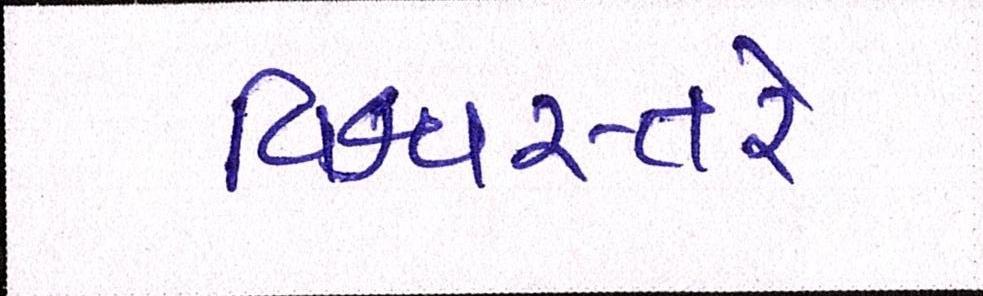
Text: વિશ્વસ્તરે